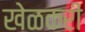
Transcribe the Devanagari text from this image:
खेळकरी